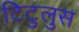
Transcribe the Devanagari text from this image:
टिटुलुस